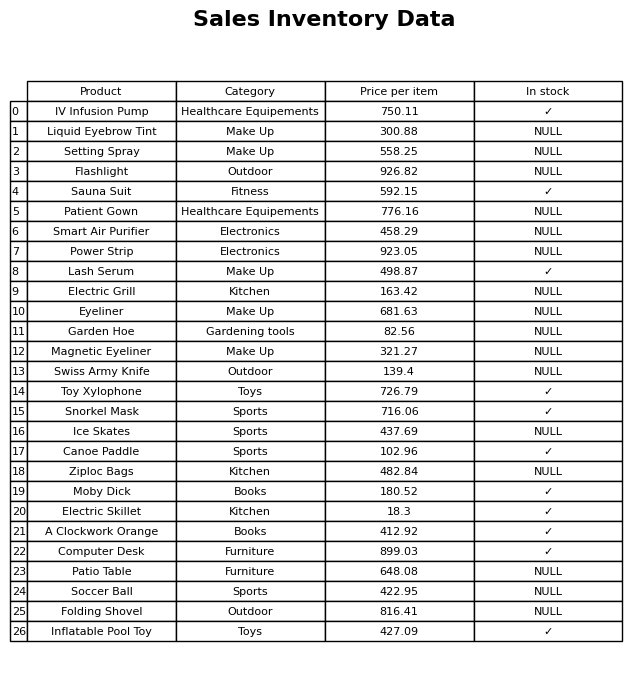
question: What is the price of the Sauna Suit?
answer: The price of Sauna Suit is 592.15.